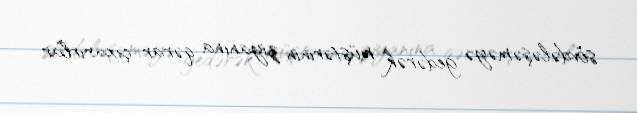
sövdələşəməyə gedərək müştərinin ziyanına qərar çıxarırlar.